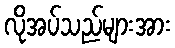
လိုအပ်သည်များအား